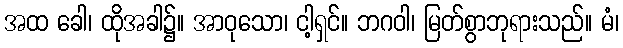
အထ ခေါ၊ ထိုအခါ၌။ အာဝုသော၊ ငါ့ရှင်။ ဘဂဝါ၊ မြတ်စွာဘုရားသည်။ မံ၊